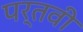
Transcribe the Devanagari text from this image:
पर्तवी